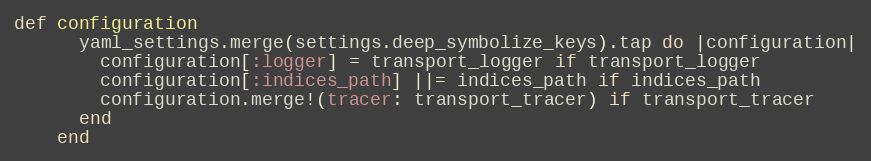
Language: Ruby
def configuration
      yaml_settings.merge(settings.deep_symbolize_keys).tap do |configuration|
        configuration[:logger] = transport_logger if transport_logger
        configuration[:indices_path] ||= indices_path if indices_path
        configuration.merge!(tracer: transport_tracer) if transport_tracer
      end
    end